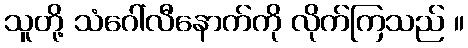
သူတို့ သံဂေါ်လီနောက်ကို လိုက်ကြသည် ။